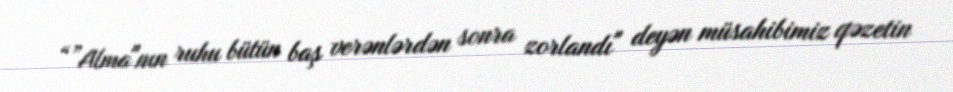
“”Alma"nın ruhu bütün baş verənlərdən sonra zorlandı" deyən müsahibimiz qəzetin